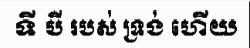
ទី បី របស់ ទ្រង់ ហើយ